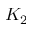
K _ { 2 }